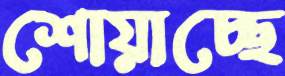
শোয়াচ্ছে